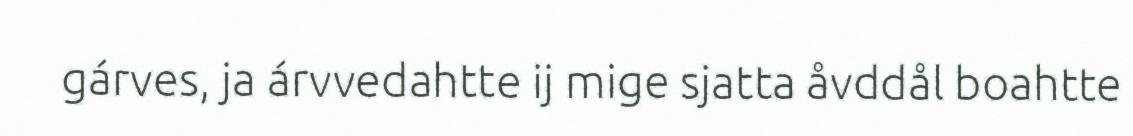
gárves, ja árvvedahtte ij mige sjatta åvddål boahtte